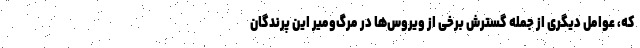
که، عوامل دیگری از جمله گسترش برخی از ویروس‌ها در مرگ‌ومیر این پرندگان